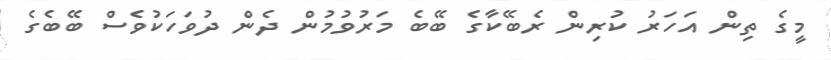
މީގެ ތިން އަހަރު ކުރިން ރެބޭކާގެ ބޭބެ މަރުވުމުން ދެން ދުވަހަކުވެސް ބޭބެގެ